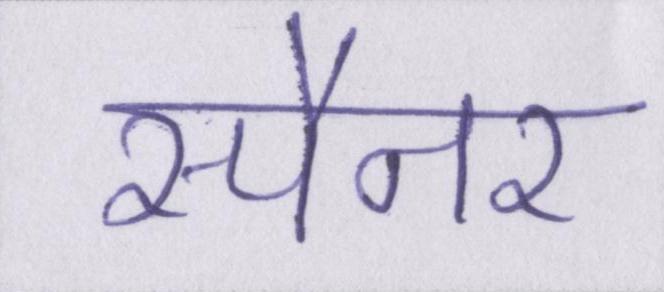
स्पैनर